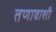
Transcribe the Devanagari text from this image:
तणावाशी